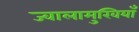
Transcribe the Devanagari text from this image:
ज्वालामुखियाँ